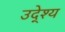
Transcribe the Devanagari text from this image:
उदे्श्य